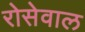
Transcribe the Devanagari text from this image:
रोसेवाल